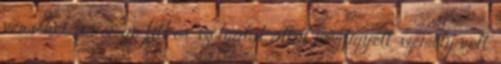
verseket, a román titkos szolgálat által megfigyelt személy volt.